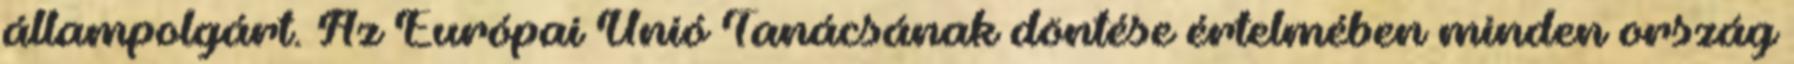
állampolgárt. Az Európai Unió Tanácsának döntése értelmében minden ország